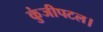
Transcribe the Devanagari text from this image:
कुंजीपटल।